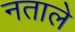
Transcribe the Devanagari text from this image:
नताले